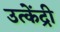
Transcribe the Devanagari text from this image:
उत्केंद्री